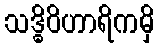
သဒ္ဓိဝိဟာရိကမှိ